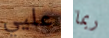
عليي ربما